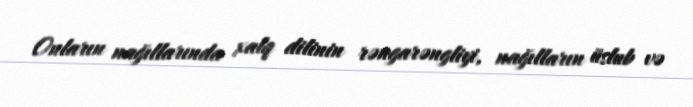
Onların nağıllarında xalq dilinin rəngarəngliyi, nağılların üslub və